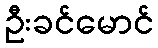
ဦးခင်မောင်